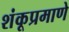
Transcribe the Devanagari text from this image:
शंकूप्रमाणे